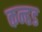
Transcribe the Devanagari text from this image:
कन्हड